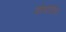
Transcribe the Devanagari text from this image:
कोण्टोडोरा